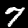
Label: 7